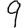
Digit: 9